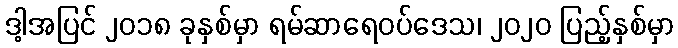
ဒါ့အပြင် ၂၀၁၈ ခုနှစ်မှာ ရမ်ဆာရေဝပ်ဒေသ၊ ၂၀၂၀ ပြည့်နှစ်မှာ